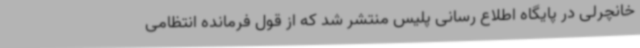
خانچرلی در پایگاه اطلاع رسانی پلیس منتشر شد که از قول فرمانده انتظامی